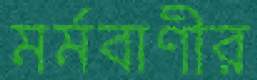
মর্মবাণীর